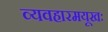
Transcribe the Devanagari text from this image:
व्यवहारमयूखः